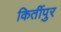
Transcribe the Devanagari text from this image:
किर्तीपुर